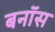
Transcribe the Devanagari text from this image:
बनॉस